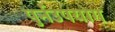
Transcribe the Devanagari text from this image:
पुर्नउपयोग